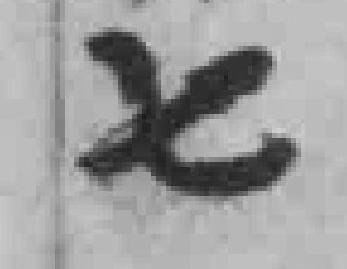
七